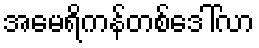
အမေရိကန်တစ်ဒေါ်လာ